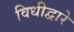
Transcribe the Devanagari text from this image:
विधीद्वारे